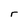
Character: r